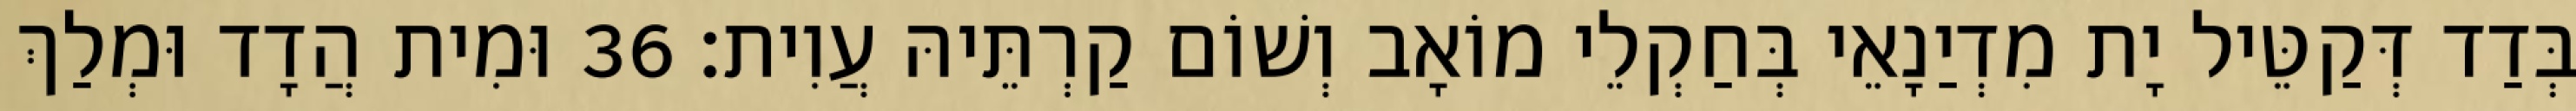
בְּדַד דְּקַטֵּיל יָת מִדְיַנָאֵי בְּחַקְלֵי מוֹאָב וְשׁוֹם קַרְתֵּיהּ עֲוִית׃ 36 וּמִית הֲדָד וּמְלַךְ